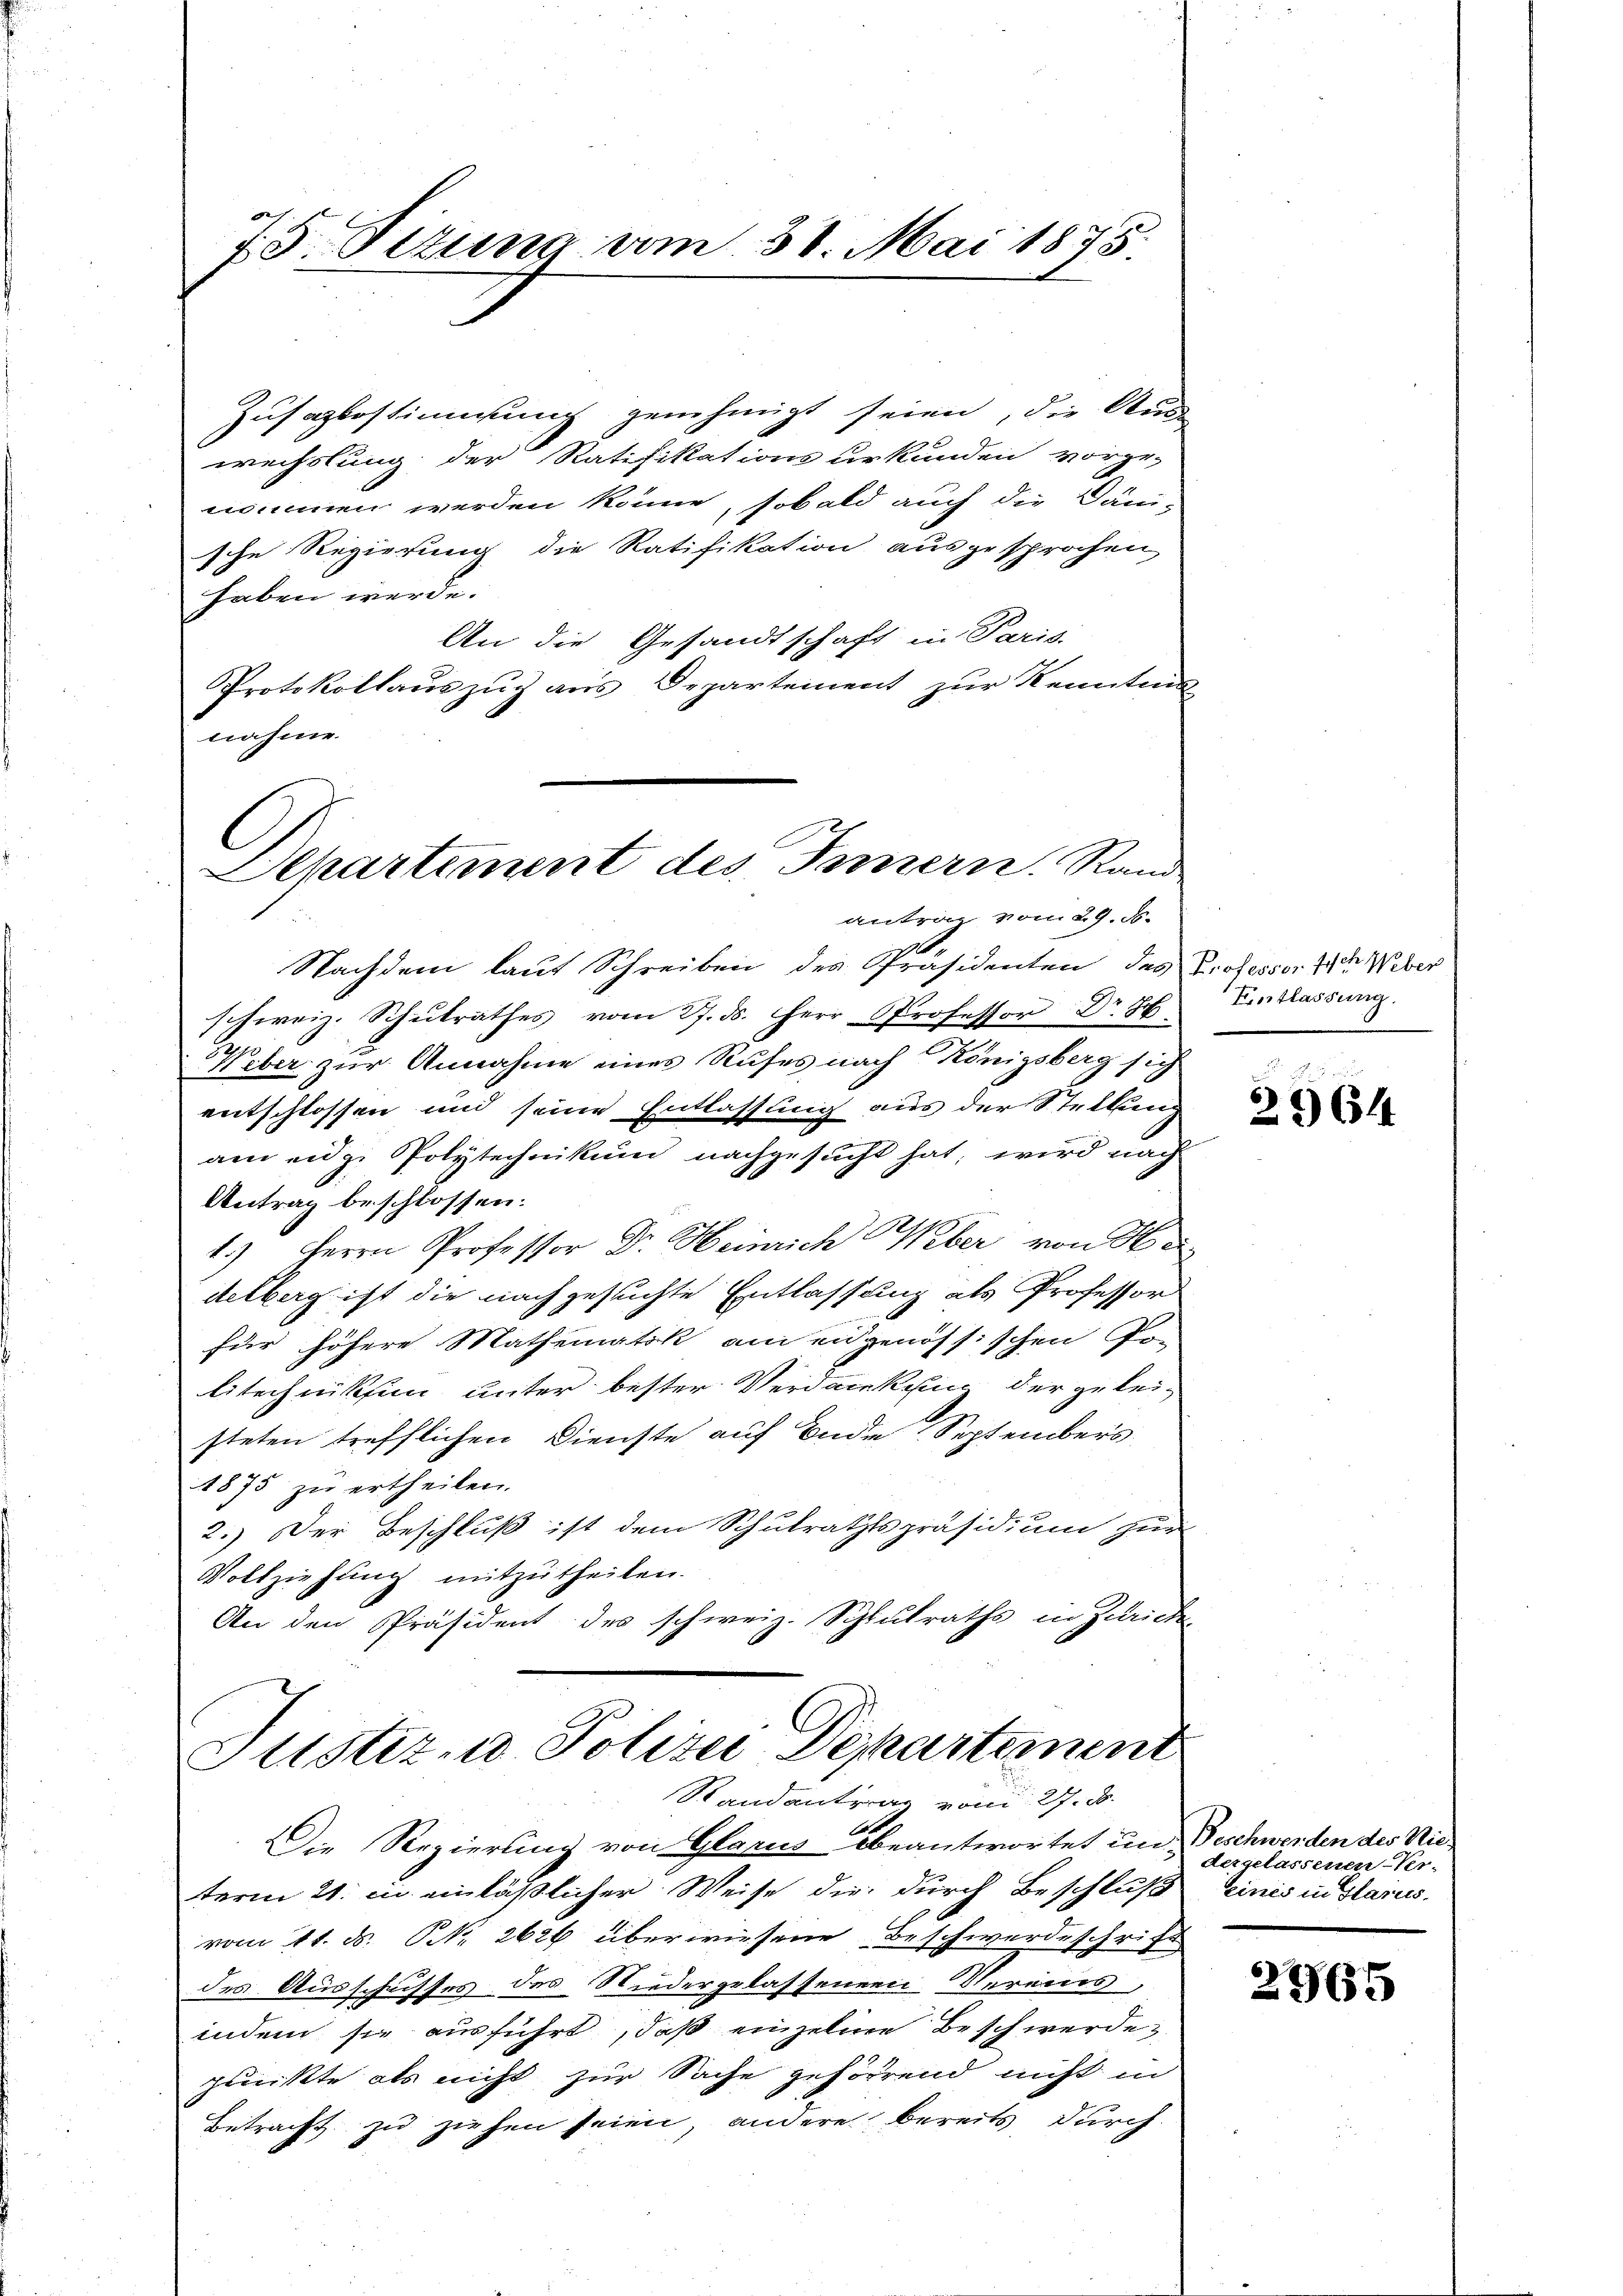
75. Sizung vom 28. Mai 1875.

Zusagtestimmung genehmigt seien, die Ar
2
wechslung der Ratifikations urkunden vorge-
nommen werden könne, sobald auch die Dänische Regierung die Ratifikation ausgesprochen,
haben werde.
An die Gesandtschaft in Paris
Protokollauszug aus Departement zur Kenntni
nahme.

Nachdem laut Schreiben des Präsidenten des Professor 11. Weber
schweiz. Schŭlrathes vom 27. ds. Herr Professor Dr. H
Weber zur Annahme eines Rufes nach Königsberg sich
entschlossen und seine Entlassung aus der Stellung
am eidge Polytechnikum nachgesucht hat; wird nach
Antrag beschlossen:
1.) Herrn Professor Dr. Heinrich Weber von He
delberg ist die nachgesuchte Entlassung als Professor
für höhere Mathematik am eidgenössischen Po-
litechnikum unter bester Verdanken der geleisteten trefflichen Dienste auf Ende Septembers
1875 zu ertheilen.
2.) Der Beschluß ist dem Schulrathspräsidium zur
Vollziehung mitzutheilen.
An den Präsident des schweiz. Schlusraths in Zürich

Departement des Tanzern. Rand
antrag vom 29. ds.

Justiz- u. Polizei Departement
Randantrag vom 27. d.

Die Regierung von Glarus beantwortet un-
term 21. in einläßlicher Weise die durch Beschluß Einis in Glarus.
vom 11. d. NNo. 2626 überwiesene Beschwerdeschrift
des Ausschnisses des Niedergelassenen Vereins,
indem sie ausführt, daß einzeline Beschwerde
punkte als nicht zur Sache gehörrend nicht in
Betracht zu ziehen seien, andere bereits, durch

Entlassung.

29614

Beschwerden des Riedergelassenen Ver-

2965